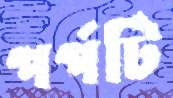
পর্পটি